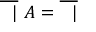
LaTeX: { \overline { { \ \ | } } } \ A = { \overline { { \ \ | } } }